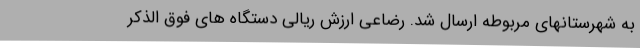
به شهرستانهای مربوطه ارسال شد. رضاعی ارزش ریالی دستگاه های فوق الذکر